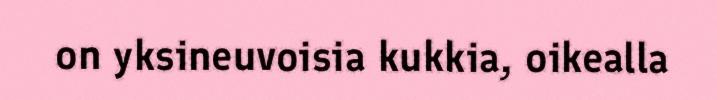
on yksineuvoisia kukkia, oikealla